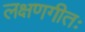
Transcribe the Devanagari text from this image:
लक्षणगीतः